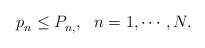
LaTeX: \begin{align*}p^{}_n \leq P^{}_{n,}, ~~ n = 1,\cdots,N.\end{align*}